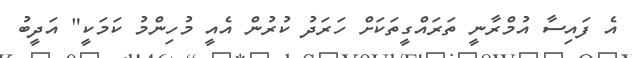
އެ ފައިސާ އުމްރާނީ ތަރައްގީތަކަށް ހަރަދު ކުރުން އެއީ މުހިންމު ކަމަކީ" އަދީބު